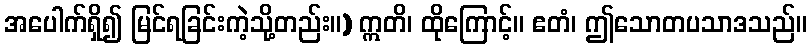
အပေါက်ရှိ၍ မြင်ရခြင်းကဲ့သို့တည်း။) ဣတိ၊ ထိုကြောင့်။ ဧတံ၊ ဤသောတပသာဒသည်။